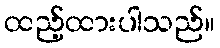
ထည့်ထားပါသည်။